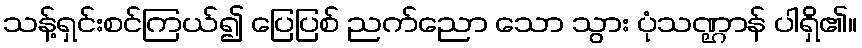
သန့်ရှင်းစင်ကြယ်၍ ပြေပြစ် ညက်ညော သော သွား ပုံသဏ္ဌာန် ပါရှိ၏။